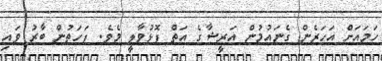
ހަމައަށް އަހަރެން ގެނައުމުން އަރީޝާގެ އަތް ފޮޅުވާލީ މެވެ. ފަހަތުން ބާރު ވައި